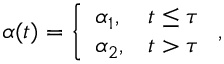
\begin{array} { r } { \alpha ( t ) = \left\{ \begin{array} { l l } { \alpha _ { 1 } , } & { t \leq \tau } \\ { \alpha _ { 2 } , } & { t > \tau } \end{array} \right. , } \end{array}